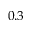
0 . 3